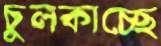
চুলকাচ্ছে